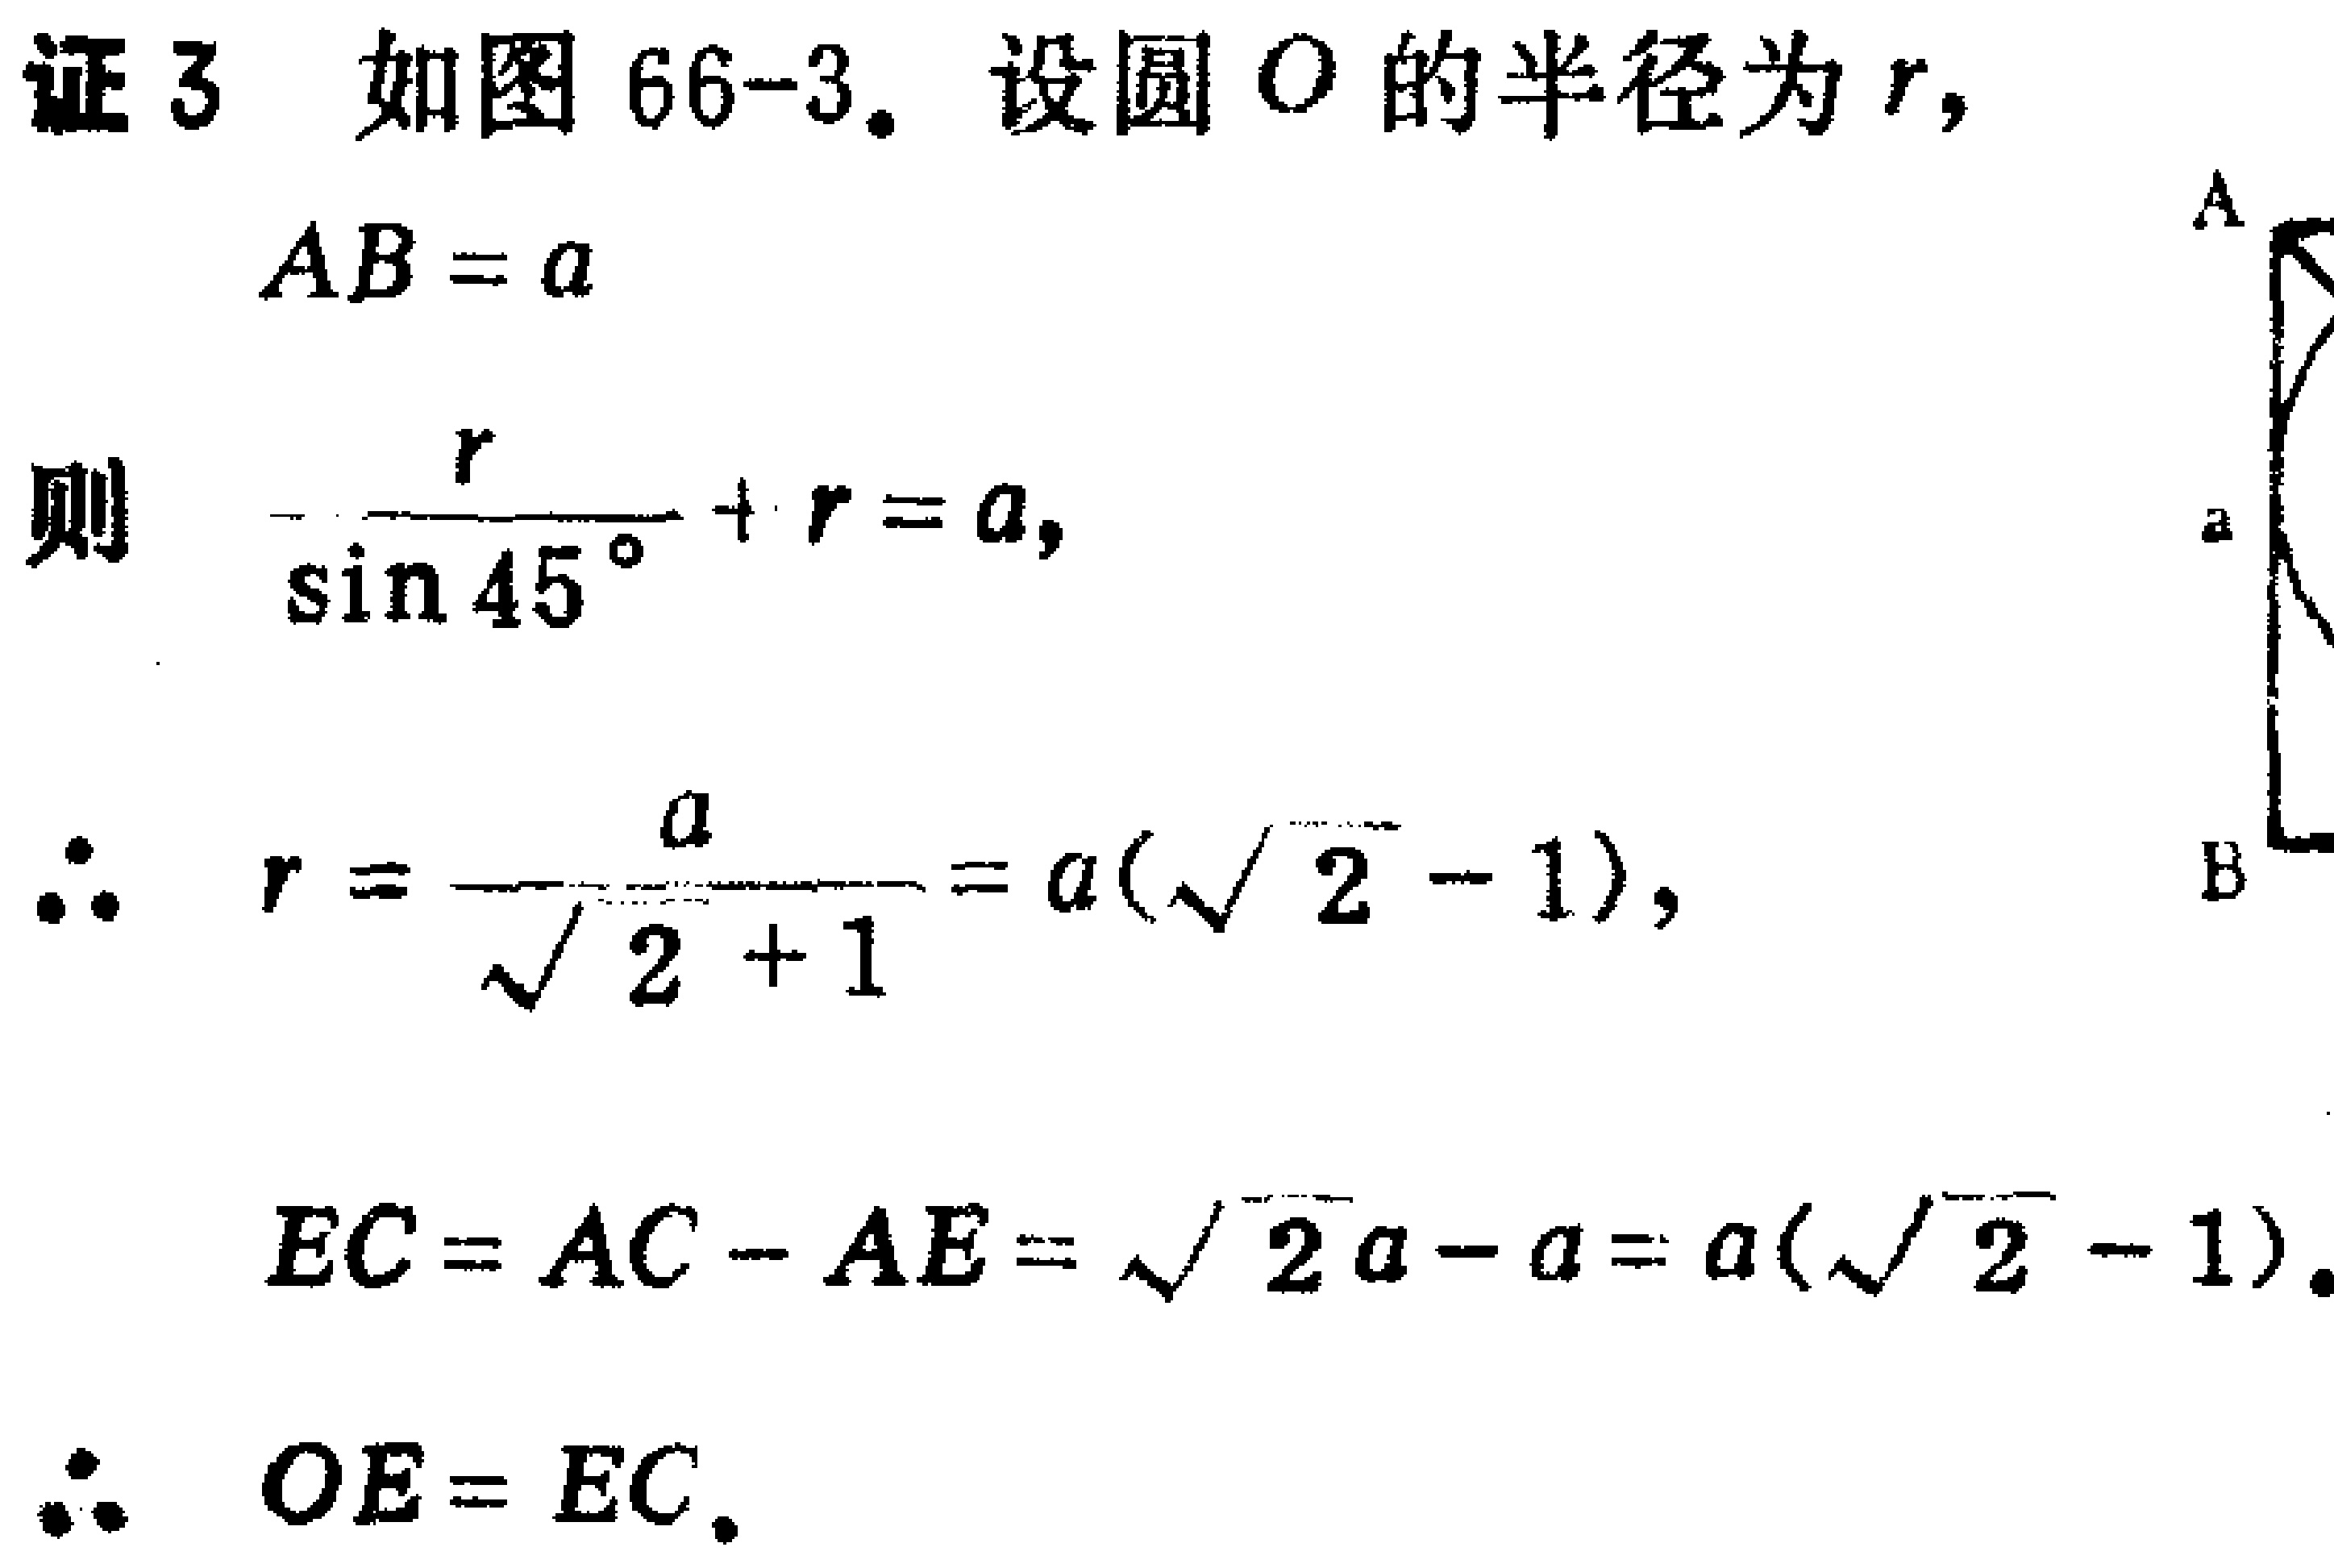
证3 如图 66-3。设圆 \(O\) 的半径为 \(r\)，
\(AB = a\)
则 \(\frac{r}{\sin 45^{\circ}}+r = a\)，
\(\therefore r=\frac{a}{\sqrt{2}+1}=a(\sqrt{2}-1)\)，
\(EC = AC - AE=\sqrt{2}a - a=a(\sqrt{2}-1)\)。
\(\therefore OE = EC\)。